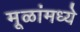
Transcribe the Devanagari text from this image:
मूळांमध्ये